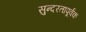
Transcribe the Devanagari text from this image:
सुन्दरतापूर्वक